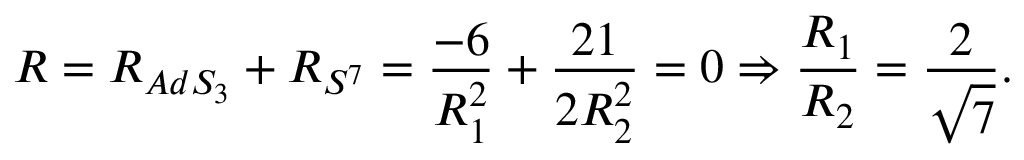
R = R _ { A d S _ { 3 } } + R _ { S ^ { 7 } } = { \frac { - 6 } { R _ { 1 } ^ { 2 } } } + { \frac { 2 1 } { 2 R _ { 2 } ^ { 2 } } } = 0 \Rightarrow { \frac { R _ { 1 } } { R _ { 2 } } } = { \frac { 2 } { \sqrt { 7 } } } .